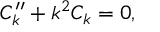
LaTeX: { \cal C } _ { k } ^ { \prime \prime } + k ^ { 2 } { \cal C } _ { k } = 0 ,